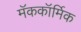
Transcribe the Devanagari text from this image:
मॅककॉर्मिक